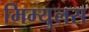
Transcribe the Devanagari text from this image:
मिम्युलस